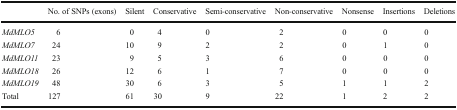
<table><thead><tr><td></td><td><b>No. of SNPs (exons)</b></td><td><b>Silent</b></td><td><b>Conservative</b></td><td><b>Semi-conservative</b></td><td><b>Non-conservative</b></td><td><b>Nonsense</b></td><td><b>Insertions</b></td><td><b>Deletions</b></td></tr></thead><tbody><tr><td><i>MdMLO5</i></td><td>6</td><td>0</td><td>4</td><td>0</td><td>2</td><td>0</td><td>0</td><td>0</td></tr><tr><td><i>MdMLO7</i></td><td>24</td><td>10</td><td>9</td><td>2</td><td>2</td><td>0</td><td>1</td><td>0</td></tr><tr><td><i>MdMLO11</i></td><td>23</td><td>9</td><td>5</td><td>3</td><td>6</td><td>0</td><td>0</td><td>0</td></tr><tr><td><i>MdMLO18</i></td><td>26</td><td>12</td><td>6</td><td>1</td><td>7</td><td>0</td><td>0</td><td>0</td></tr><tr><td><i>MdMLO19</i></td><td>48</td><td>30</td><td>6</td><td>3</td><td>5</td><td>1</td><td>1</td><td>2</td></tr><tr><td>Total</td><td>127</td><td>61</td><td>30</td><td>9</td><td>22</td><td>1</td><td>2</td><td>2</td></tr></tbody></table>